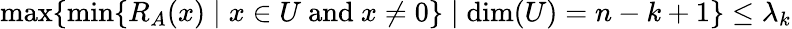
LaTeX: \operatorname*{max}\{ \operatorname*{min}\{ R_{A}(x)\mid x\in U{\mathrm{~and~}}x\neq 0\} \mid\dim(U)=n-k+1\} \leq\lambda_{k}